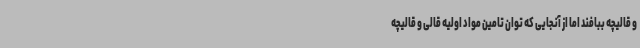
و قالیچه ببافند اما از آنجایی که توان تامین مواد اولیه قالی و قالیچه